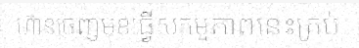
ហ៊ានចេញមុខធ្វើសកម្មភាពនេះគ្រប់